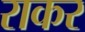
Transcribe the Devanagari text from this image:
राकर